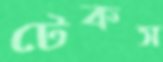
টেকস